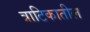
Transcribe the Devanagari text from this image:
त्राटिकातील